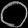
Digit: ၀